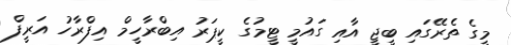
މީގެ ތެރޭގައި ބީޖީ އާއި ގައުމީ ޓީމުގެ ކީޕަރު އިބްރާހީމް އިފްރާހު އަރީފް